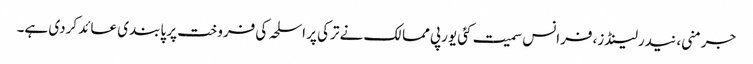
جرمنی، نیدرلینڈز، فرانس سمیت کئی یورپی ممالک نے ترکی پر اسلحہ کی فروخت پر پابندی عائد کردی ہے۔